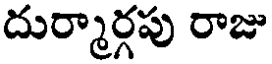
దుర్మార్గపు రాజు